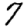
Digit: 7